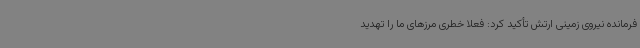
فرمانده نیروی زمینی ارتش تأکید کرد: فعلاً خطری مرزهای ما را تهدید